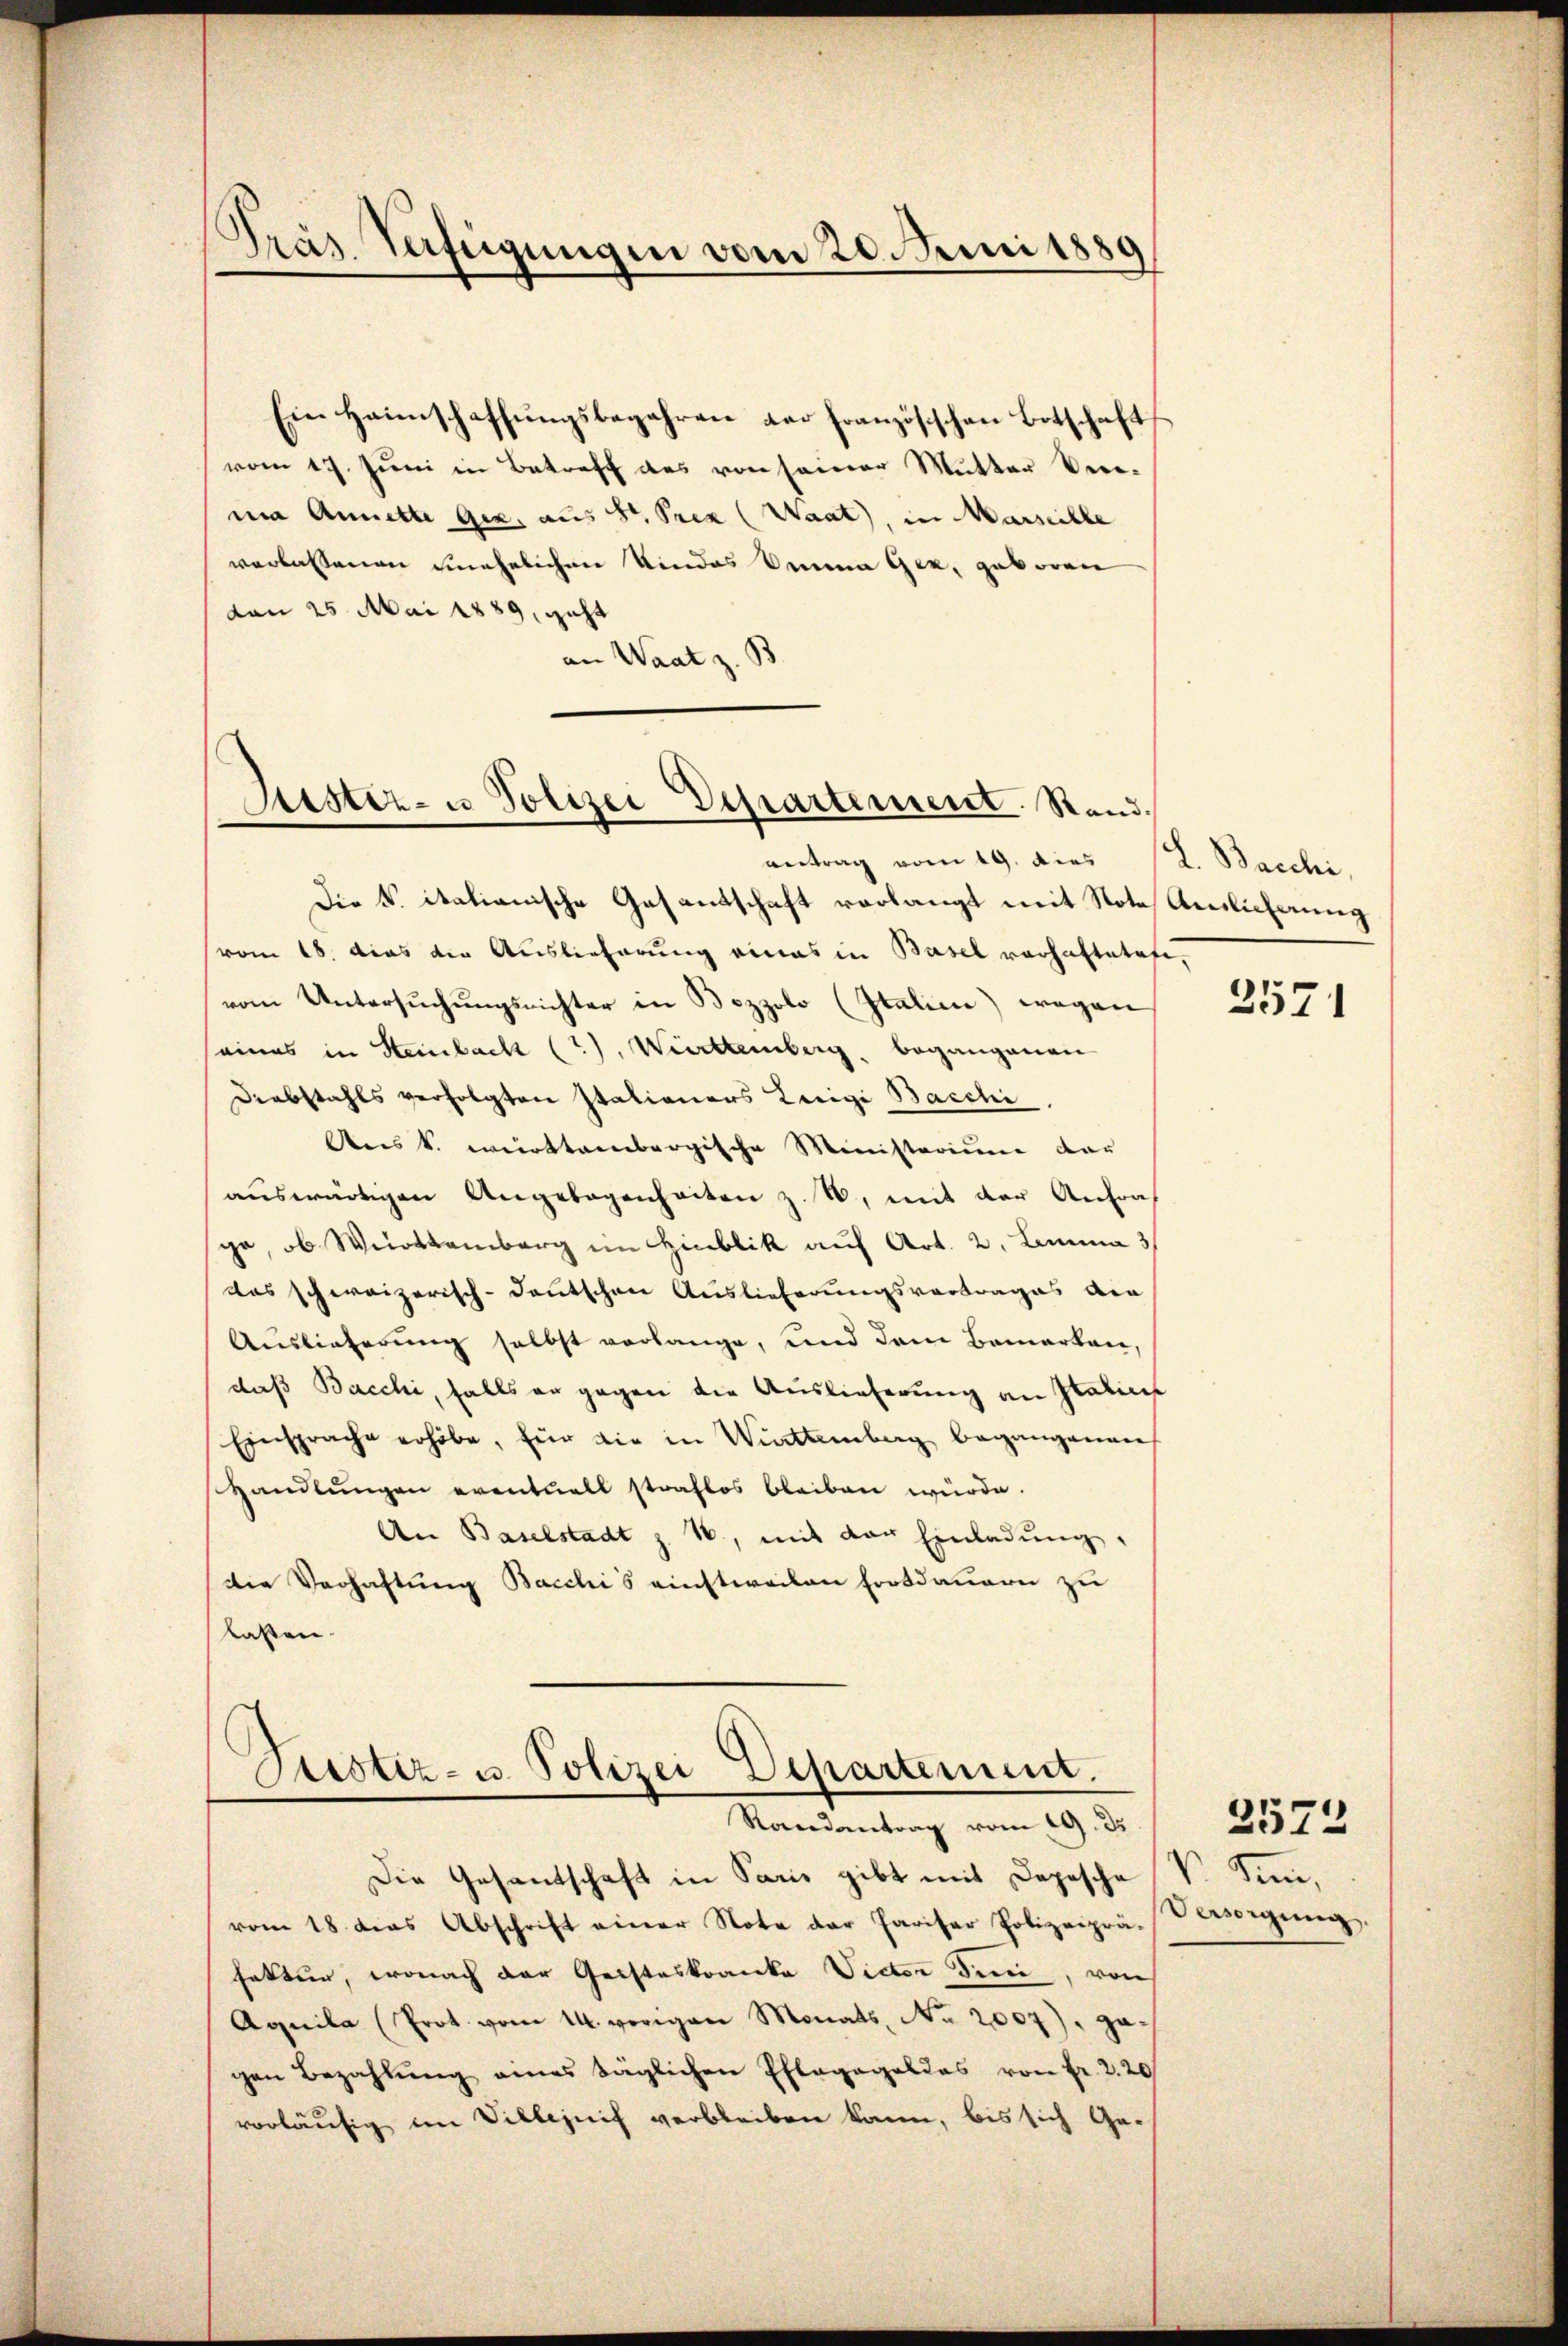
Pras Verfeigungen vom 20. Juni 1889

Ein Heimschaffŭngsbegehren der französischen Botschaft
vom 17. Juni in Betreff des von seiner Mutter Verma Annette Gex, aus St. Prez (Waat, in Marseille
verlassenen unehelichen Kindes Oma Gez, geboren
von 25. Mai 1889, geht
an Waat z. B.
vertrag vom 19. dies
Die S. italianische Gasantschaft vorlangt mit Note Auslieferung
vom 18. dies die Auslieferung eines in Basel verhaftetete,
vom Untersuchungsrichter in Bozzolo (Italien) wegen
eines in Steinbach (?), Württemberg, begangenen
Diebstahls verfolgten Italianers Leigi Baschi
Ans k. württembergische Ministerium dar
auswärtigen Angebogenheiten z. B. mit der Anfrage, ob Württemberg im Hinblik auf Art. 2. Lemma 3
das schweizerisch-deutschen Auslieferungsvortrages den
Auslieferung selbst verlange, und dem Bemerken,
daß Bacchi, falls er gegen die Auslieferung an Italins
Einsprache erhöbe, für die in Wittemberg begangenen
Handlungen eventuell straflos bleiben würde.
An Baselstadt z. B., mit der Einladung,
die Verhaftung Bacchi's einstweilen Fortdauern zu
lassen.

Astiz- u Polizei Departement. Stand.

Ctistiz- u. Polizei Departement.
Randantrag vom 19. 35

Die Gesantschaft in Paris gibt mit Depesche V. Sini,
vom 18. dies Abschrift einer Note der Pariser Polizeipräsesorgŭng,
faktur, wonach der Geisteskranke Vider Frei, von
Aquila (Prot. vom 14. vorigen Monats No 2007), gagen Bezahlŭng eines täglichen Pfleggeldes von Fr. 220
vorläufig im Villejuif verbleiben kann, bis sich Ge-

L. Bacchi,

2571

2573